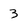
Character: 3